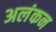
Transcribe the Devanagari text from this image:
अलंकन